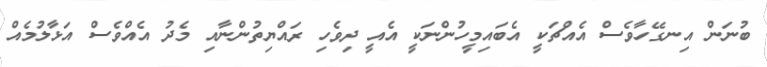
ބުނަން އިނގޭހާވެސް އެއްޗަކީ އެބައިމީހުންނަކީ އެއީ ދިވެހި ރައްޔިތުންނާއި މެދު އެއްވެސް އަޅާލުމެއް